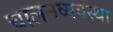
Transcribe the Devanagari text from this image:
चालनव्यवस्था